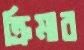
ক্রিমার